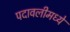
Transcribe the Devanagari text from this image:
पदावलीमध्ये